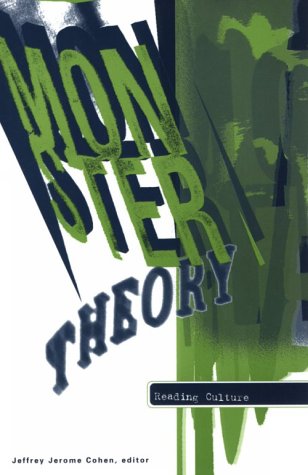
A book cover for Monster Theory: Reading Culture; Gay & Lesbian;